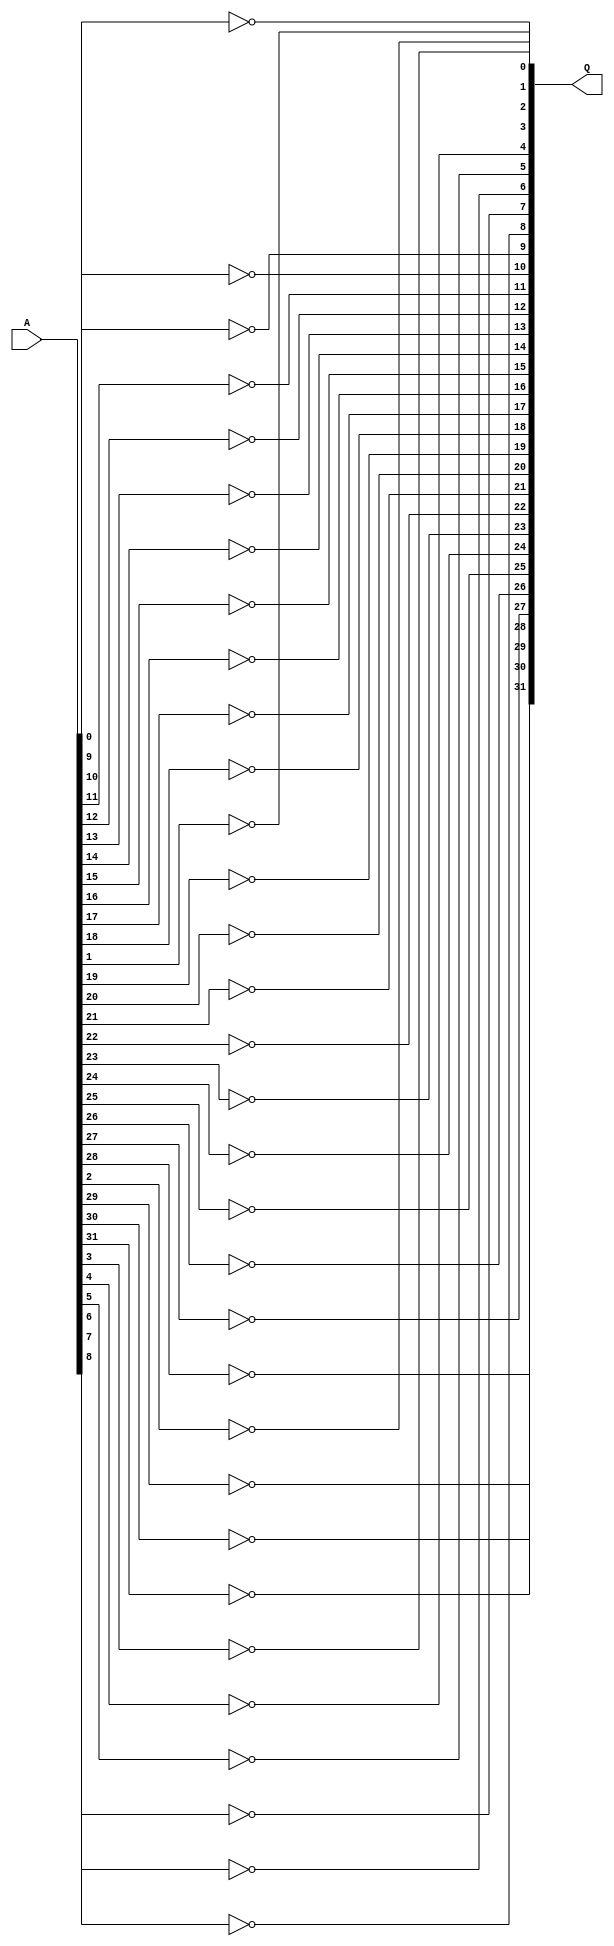
module NOT_gate(input wire [31:0] A, output wire [31:0] Q);

	genvar i;
	generate
	for (i=0; i<32; i=i+1) 
		begin:loop
			assign Q[i] = !A[i];
		end
	endgenerate
endmodule